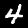
Label: 4